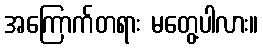
အကြောက်တရား မတွေ့ပါလား။